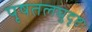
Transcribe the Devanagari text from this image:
पृषतलघुदृष्टः